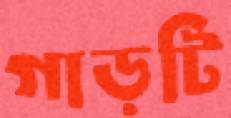
গাড়টি